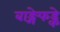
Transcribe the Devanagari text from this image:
बाङ्गेफड्के